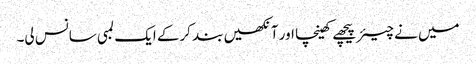
میں نے چیئر پیچھے کھینچا اور آنکھیں بند کرکے ایک لمبی سانس لی۔